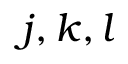
j , k , l